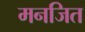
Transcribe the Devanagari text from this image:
मनजित